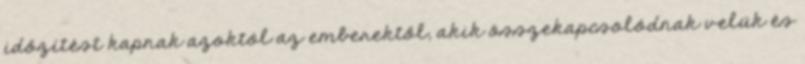
időzítést kapnak azoktól az emberektől, akik összekapcsolódnak velük és